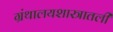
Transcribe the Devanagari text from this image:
ग्रंथालयशास्त्रातली